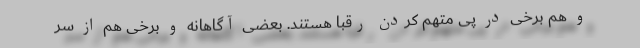
و هم برخی در پی متهم کردن رقبا هستند. بعضی آگاهانه و برخی هم از سر